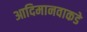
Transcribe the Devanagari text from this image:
आदिमानवाकडे